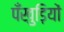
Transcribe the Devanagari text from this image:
पँखुड़ियों